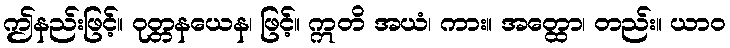
ဤနည်းဖြင့်။ ဝုတ္တနယေန၊ ဖြင့်။ ဣတိ အယံ၊ ကား။ အတ္ထော၊ တည်း။ ယာဝ